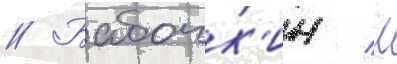
// Бабочк'ин / л